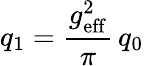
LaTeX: q_{1}={\frac{g_{\mathrm{eff}}^{2}}{\pi}}\, q_{0}